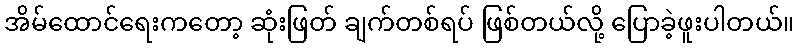
အိမ်ထောင်ရေးကတော့ ဆုံးဖြတ် ချက်တစ်ရပ် ဖြစ်တယ်လို့ ပြောခဲ့ဖူးပါတယ်။